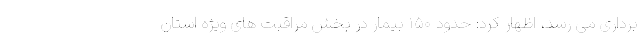
برداری می رسد، اظهار کرد: حدود ۱۵۰ بیمار در بخش مراقبت های ویژه استان